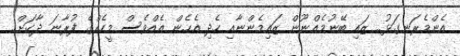
އެންމެރަނގަޅު.. ޒައި ބޭނުމެއްނޫން ޒައިމެންނާއި ހެދި އެހެން އެއްވެސް މީހެއްގެ ފުރާނަ ދާކަށް..